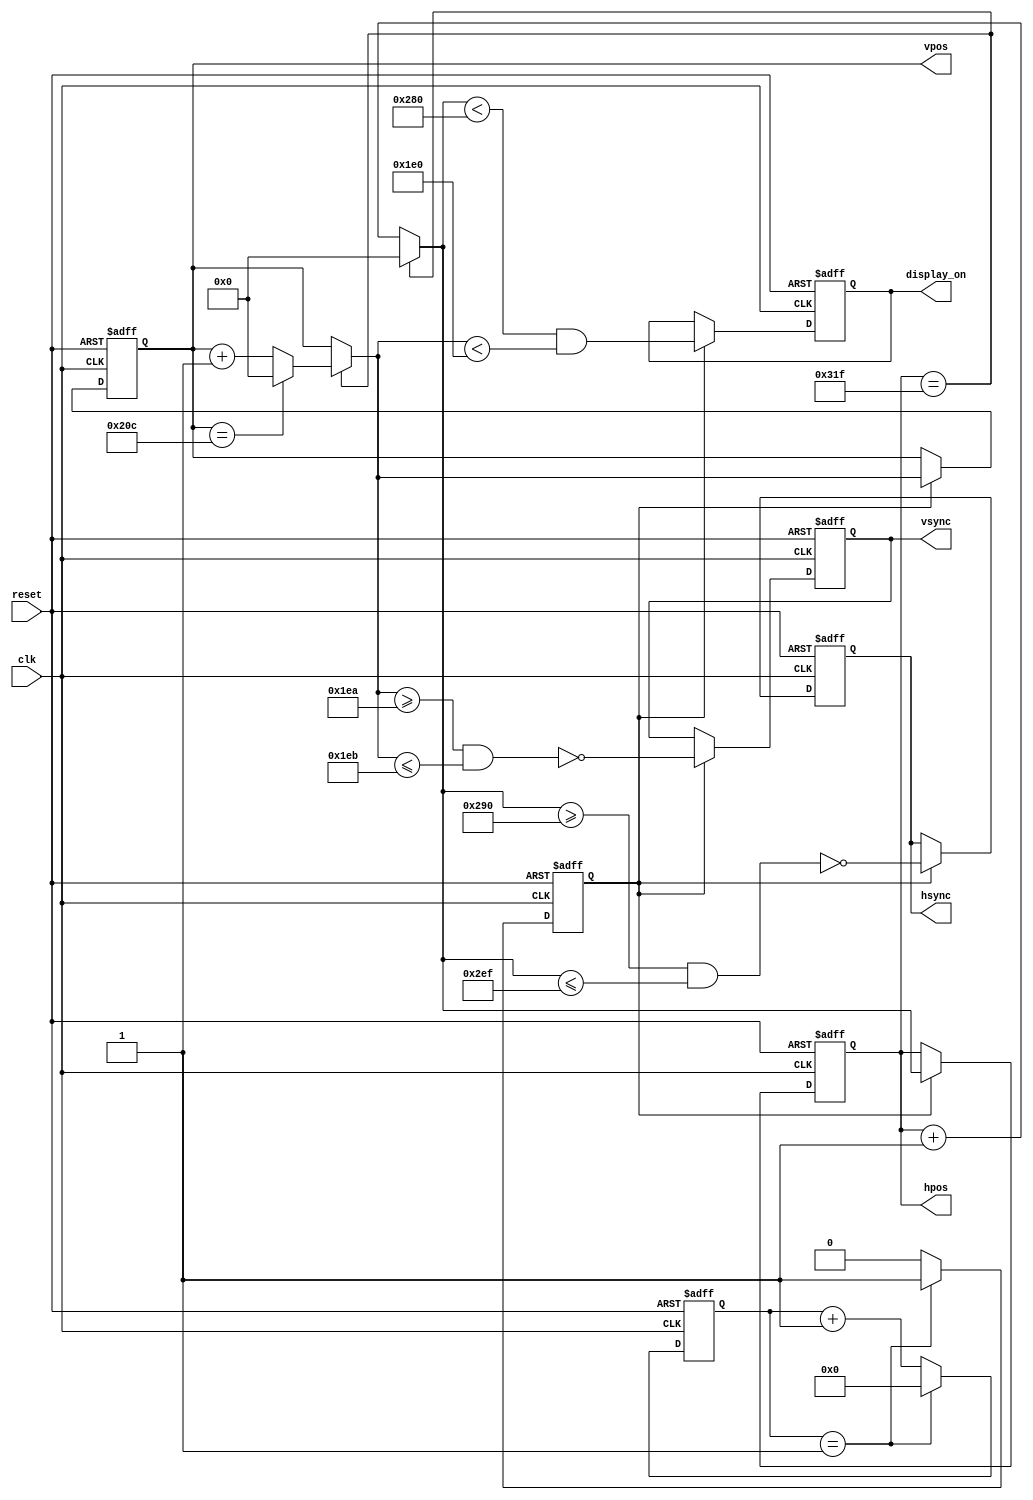
module vga
# (
    parameter N_MIXER_PIPE_STAGES = 0,

              HPOS_WIDTH          = 10,
              VPOS_WIDTH          = 10,

              // Horizontal constants

              H_DISPLAY           = 640,  // Horizontal display width
              H_FRONT             =  16,  // Horizontal right border (front porch)
              H_SYNC              =  96,  // Horizontal sync width
              H_BACK              =  48,  // Horizontal left border (back porch)

              // Vertical constants

              V_DISPLAY           = 480,  // Vertical display height
              V_BOTTOM            =  10,  // Vertical bottom border
              V_SYNC              =   2,  // Vertical sync # lines
              V_TOP               =  33,  // Vertical top border
              
              CLK_MHZ             =  50,   // Clock frequency (50 or 100 MHz)
              VGA_CLOCK           =  25   // Pixel clock of VGA in MHz
)
(
    input                         clk,
    input                         reset,
    output reg                    hsync,
    output reg                    vsync,
    output reg                    display_on,
    output reg [HPOS_WIDTH - 1:0] hpos,
    output reg [VPOS_WIDTH - 1:0] vpos
);

    // Derived constants

    localparam H_SYNC_START  = H_DISPLAY    + H_FRONT + N_MIXER_PIPE_STAGES,
               H_SYNC_END    = H_SYNC_START + H_SYNC  - 1,
               H_MAX         = H_SYNC_END   + H_BACK,

               V_SYNC_START  = V_DISPLAY    + V_BOTTOM,
               V_SYNC_END    = V_SYNC_START + V_SYNC  - 1,
               V_MAX         = V_SYNC_END   + V_TOP;

    // Calculating next values of the counters

    reg [HPOS_WIDTH - 1:0] d_hpos;
    reg [VPOS_WIDTH - 1:0] d_vpos;

    always @*
    begin
        if (hpos == H_MAX)
        begin
            d_hpos = 1'd0;

            if (vpos == V_MAX)
                d_vpos = 1'd0;
            else
                d_vpos = vpos + 1'd1;
        end
        else
        begin
          d_hpos = hpos + 1'd1;
          d_vpos = vpos;
        end
    end

    // Enable to divide clock from 50 or 100 MHz to 25 MHz

    reg [3:0] clk_en_cnt;
    reg clk_en;

    always @ (posedge clk or posedge reset) begin
        if (reset) begin
            clk_en_cnt <= 3'b0;
            clk_en <= 1'b0;
        end else begin
            if (clk_en_cnt == (CLK_MHZ/VGA_CLOCK) - 1) begin 
            	clk_en_cnt <= 3'b0;
            	clk_en <= 1'b1;
            end else begin
            	clk_en_cnt <= clk_en_cnt + 1;
            	clk_en <= 1'b0;
            end
        end
    end
    

    // Making all outputs registered

    always @ (posedge clk or posedge reset)
    begin
        if (reset)
        begin
            hsync       <= 1'b0;
            vsync       <= 1'b0;
            display_on  <= 1'b0;
            hpos        <= 1'b0;
            vpos        <= 1'b0;
        end
        else if (clk_en)
        begin
            hsync       <= ~ (    d_hpos >= H_SYNC_START
                               && d_hpos <= H_SYNC_END   );

            vsync       <= ~ (    d_vpos >= V_SYNC_START
                               && d_vpos <= V_SYNC_END   );

            display_on  <=   (    d_hpos <  H_DISPLAY
                               && d_vpos <  V_DISPLAY    );

            hpos        <= d_hpos;
            vpos        <= d_vpos;
        end
    end

endmodule